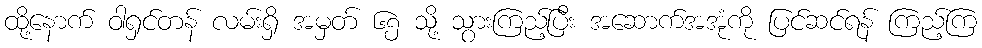
ထို့နောက် ဝါရှင်တန် လမ်းရှိ အမှတ် ၆၅ သို့ သွားကြည့်ပြီး အဆောက်အအုံကို ပြင်ဆင်ရန် ကြည့်ကြ